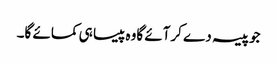
جوپیسہ دے کرآئے گاوہ پیسا ہی کمائے گا۔